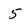
Character: 5